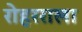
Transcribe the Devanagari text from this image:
रोहरराला